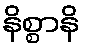
နိစ္စာနိ